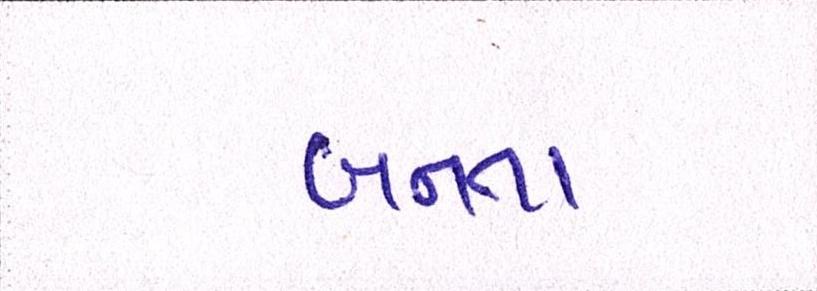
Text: બનતા